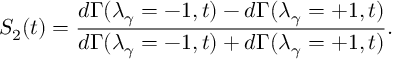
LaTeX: S _ { 2 } ( t ) = \frac { d \Gamma ( \lambda _ { \gamma } = - 1 , t ) - d \Gamma ( \lambda _ { \gamma } = + 1 , t ) } { d \Gamma ( \lambda _ { \gamma } = - 1 , t ) + d \Gamma ( \lambda _ { \gamma } = + 1 , t ) } .